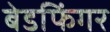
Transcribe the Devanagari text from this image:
बेडफिंगर